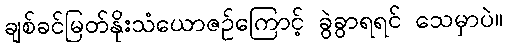
ချစ်ခင်မြတ်နိုးသံယောဇဉ်ကြောင့် ခွဲခွာရရင် သေမှာပဲ။